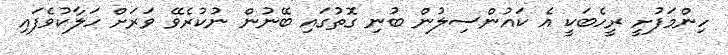
ހިންމަފުށީ ރީހެބަކީ އެ ކައުންސިލުން ބުނި ގޮތުގައި ބޭނުން ނުކުރެވޭ ވަރަށް ހަލާކުވެފައި